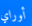
أوراي